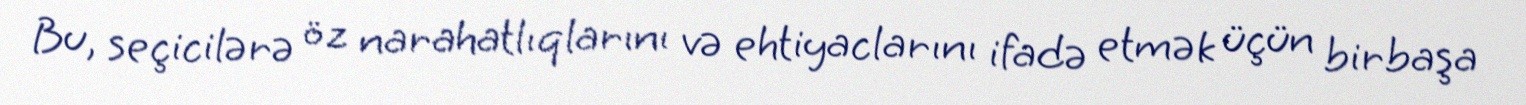
Bu, seçicilərə öz narahatlıqlarını və ehtiyaclarını ifadə etmək üçün birbaşa